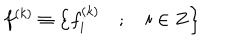
f ^ { \left( k \right) } \equiv \left\{ f _ { i } ^ { \left( k \right) } \quad ; \quad i \in Z \right\}